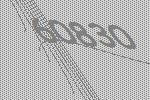
60830